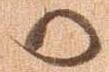
か